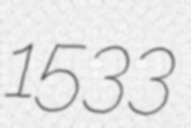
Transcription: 1533